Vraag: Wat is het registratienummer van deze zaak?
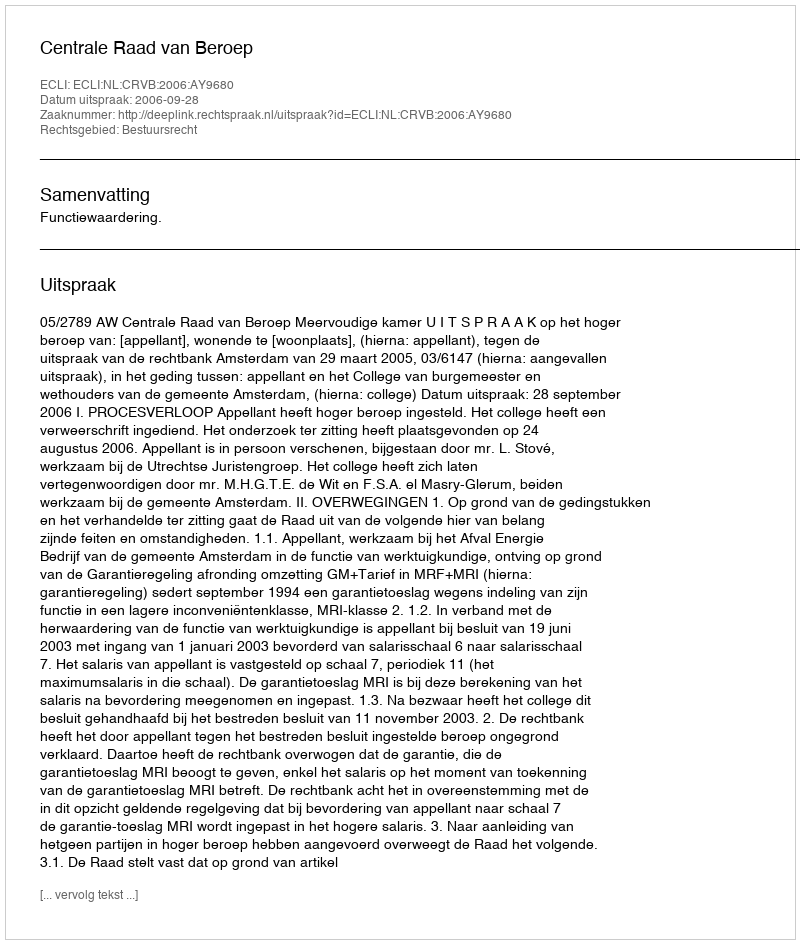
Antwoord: http://deeplink.rechtspraak.nl/uitspraak?id=ECLI:NL:CRVB:2006:AY9680